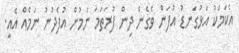
އެކަމަކު އަޅުގަނޑު އުފަން ވެގެން ދިން ފުރަތަމަ ނަމުން އުފެދުނު ނަމެއް އެއީ.